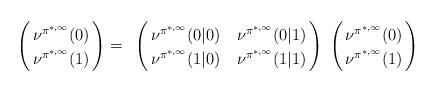
LaTeX: \begin{align*}\bordermatrix{&\cr &\nu^{{\pi^{*,\infty}}}(0)\cr &\nu^{{\pi^{*,\infty}}}(1)\cr}=\bordermatrix{&\cr &\nu^{\pi^{*,\infty}}(0|0)&\nu^{\pi^{*,\infty}}(0|1)\cr &\nu^{\pi^{*,\infty}}(1|0)&\nu^{\pi^{*,\infty}}(1|1)\cr}\bordermatrix{&\cr &\nu^{{\pi^{*,\infty}}}(0)\cr &\nu^{{\pi^{*,\infty}}}(1)\cr}\end{align*}